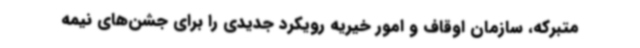
متبرکه، سازمان اوقاف و امور خیریه رویکرد جدیدی را برای جشن‌های نیمه